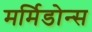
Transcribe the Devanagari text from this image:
मर्मिडोन्स